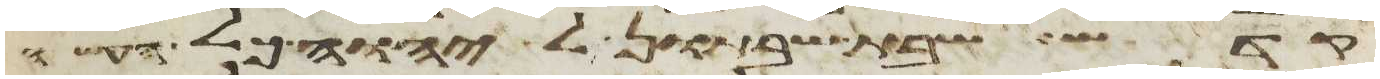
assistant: קדש שבת שבתון ליהוה כל העשה